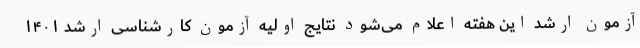
آزمون ارشد این هفته اعلام می‌شود نتایج اولیه آزمون کارشناسی ارشد ۱۴۰۱